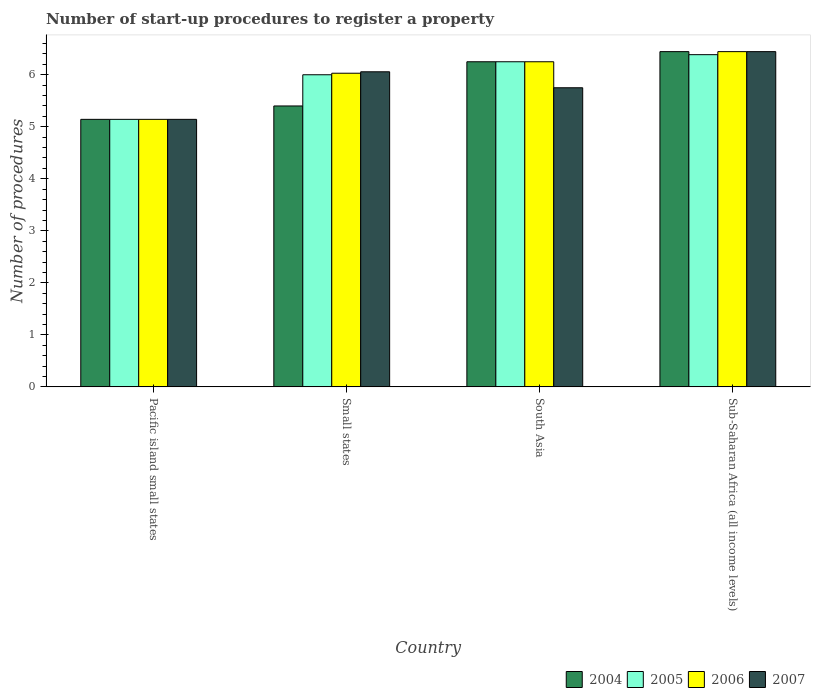
| Country | 2004 | 2005 | 2006 | 2007 |
 | --- | --- | --- | --- | --- |
 | Pacific island small states | 5.14 | 5.14 | 5.14 | 5.14 |
 | Small states | 5.4 | 6 | 6.03 | 6.06 |
 | South Asia | 6.25 | 6.25 | 6.25 | 5.75 |
 | Sub-Saharan Africa (all income levels) | 6.44 | 6.39 | 6.44 | 6.44 |